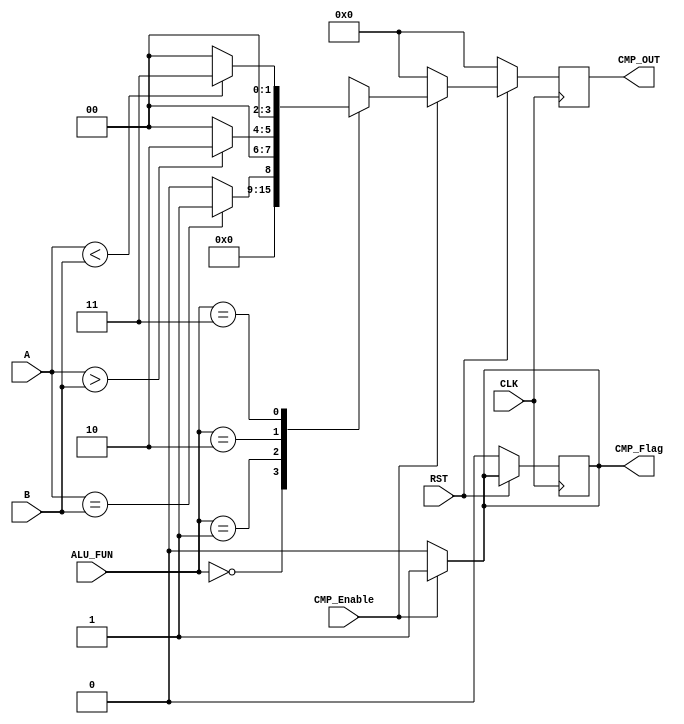
module CMP_UNIT
//declaring parameters
#(parameter WIDTH = 4)
//declaring inputs and outputs
(
input wire [WIDTH-1: 0] A,B,
input wire [1:0]        ALU_FUN,
input wire              CLK, CMP_Enable,RST,

output reg [WIDTH-1: 0] CMP_OUT,
output reg              CMP_Flag  
);

//declare internal signals
reg [WIDTH-1: 0] CMP_OUT_comb;

// storing in Active low Ascynchronous register
always@(posedge CLK)
  begin
    if(!RST)
      begin
        CMP_OUT  <= 'b0;
        CMP_Flag <= 'b0;
      end
    else
      CMP_OUT <= CMP_OUT_comb;
  end


// Comparison operations
always@(*)
  begin
    if(CMP_Enable)
      begin
        CMP_Flag = 1'b1;
        case(ALU_FUN)
          2'b00:begin
                  CMP_OUT_comb = 'b0;
                end    
          2'b01:begin
                  if (A == B)
                    CMP_OUT_comb = 'd1;
                  else
                    CMP_OUT_comb = 'd0;
                end    
          2'b10: begin
                  if (A > B)
                    CMP_OUT_comb = 'd2;
                  else
                    CMP_OUT_comb = 'd0;            
                 end    
          2'b11: begin
                  if (A < B)
                    CMP_OUT_comb = 'd3;
                  else
                    CMP_OUT_comb = 'd0;                  
                 end
        endcase
      end
	  else
	    begin
		    CMP_OUT_comb = 'b0;
			CMP_Flag = 1'b0;
	    end
  end
endmodule